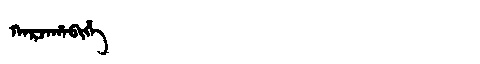
Manchu: ᡴᠠᡵᠵᠠᡥᠠᠪᡳᡥᡝ
Romanization: KARJAHABIHE